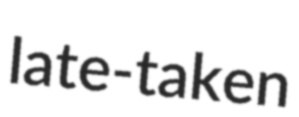
late-taken